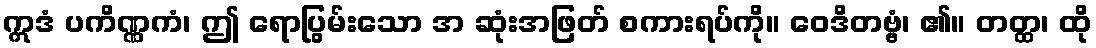
ဣဒံ ပကိဏ္ဏကံ၊ ဤ ရောပြွမ်းသော အ ဆုံးအဖြတ် စကားရပ်ကို။ ဝေဒိတဗ္ဗံ၊ ၏။ တတ္ထ၊ ထို